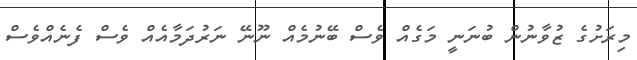
މިރަށުގެ ޒުވާނުން ބުނަނީ މަގެއް ވެސް ބޭނުމެއް ނޫނޭ ނަރުދަމާއެއް ވެސް ފެނެއްވެސް